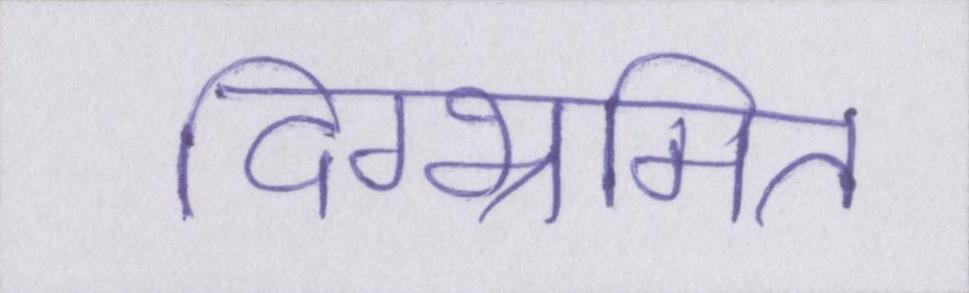
दिग्भ्रमित